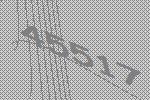
45517